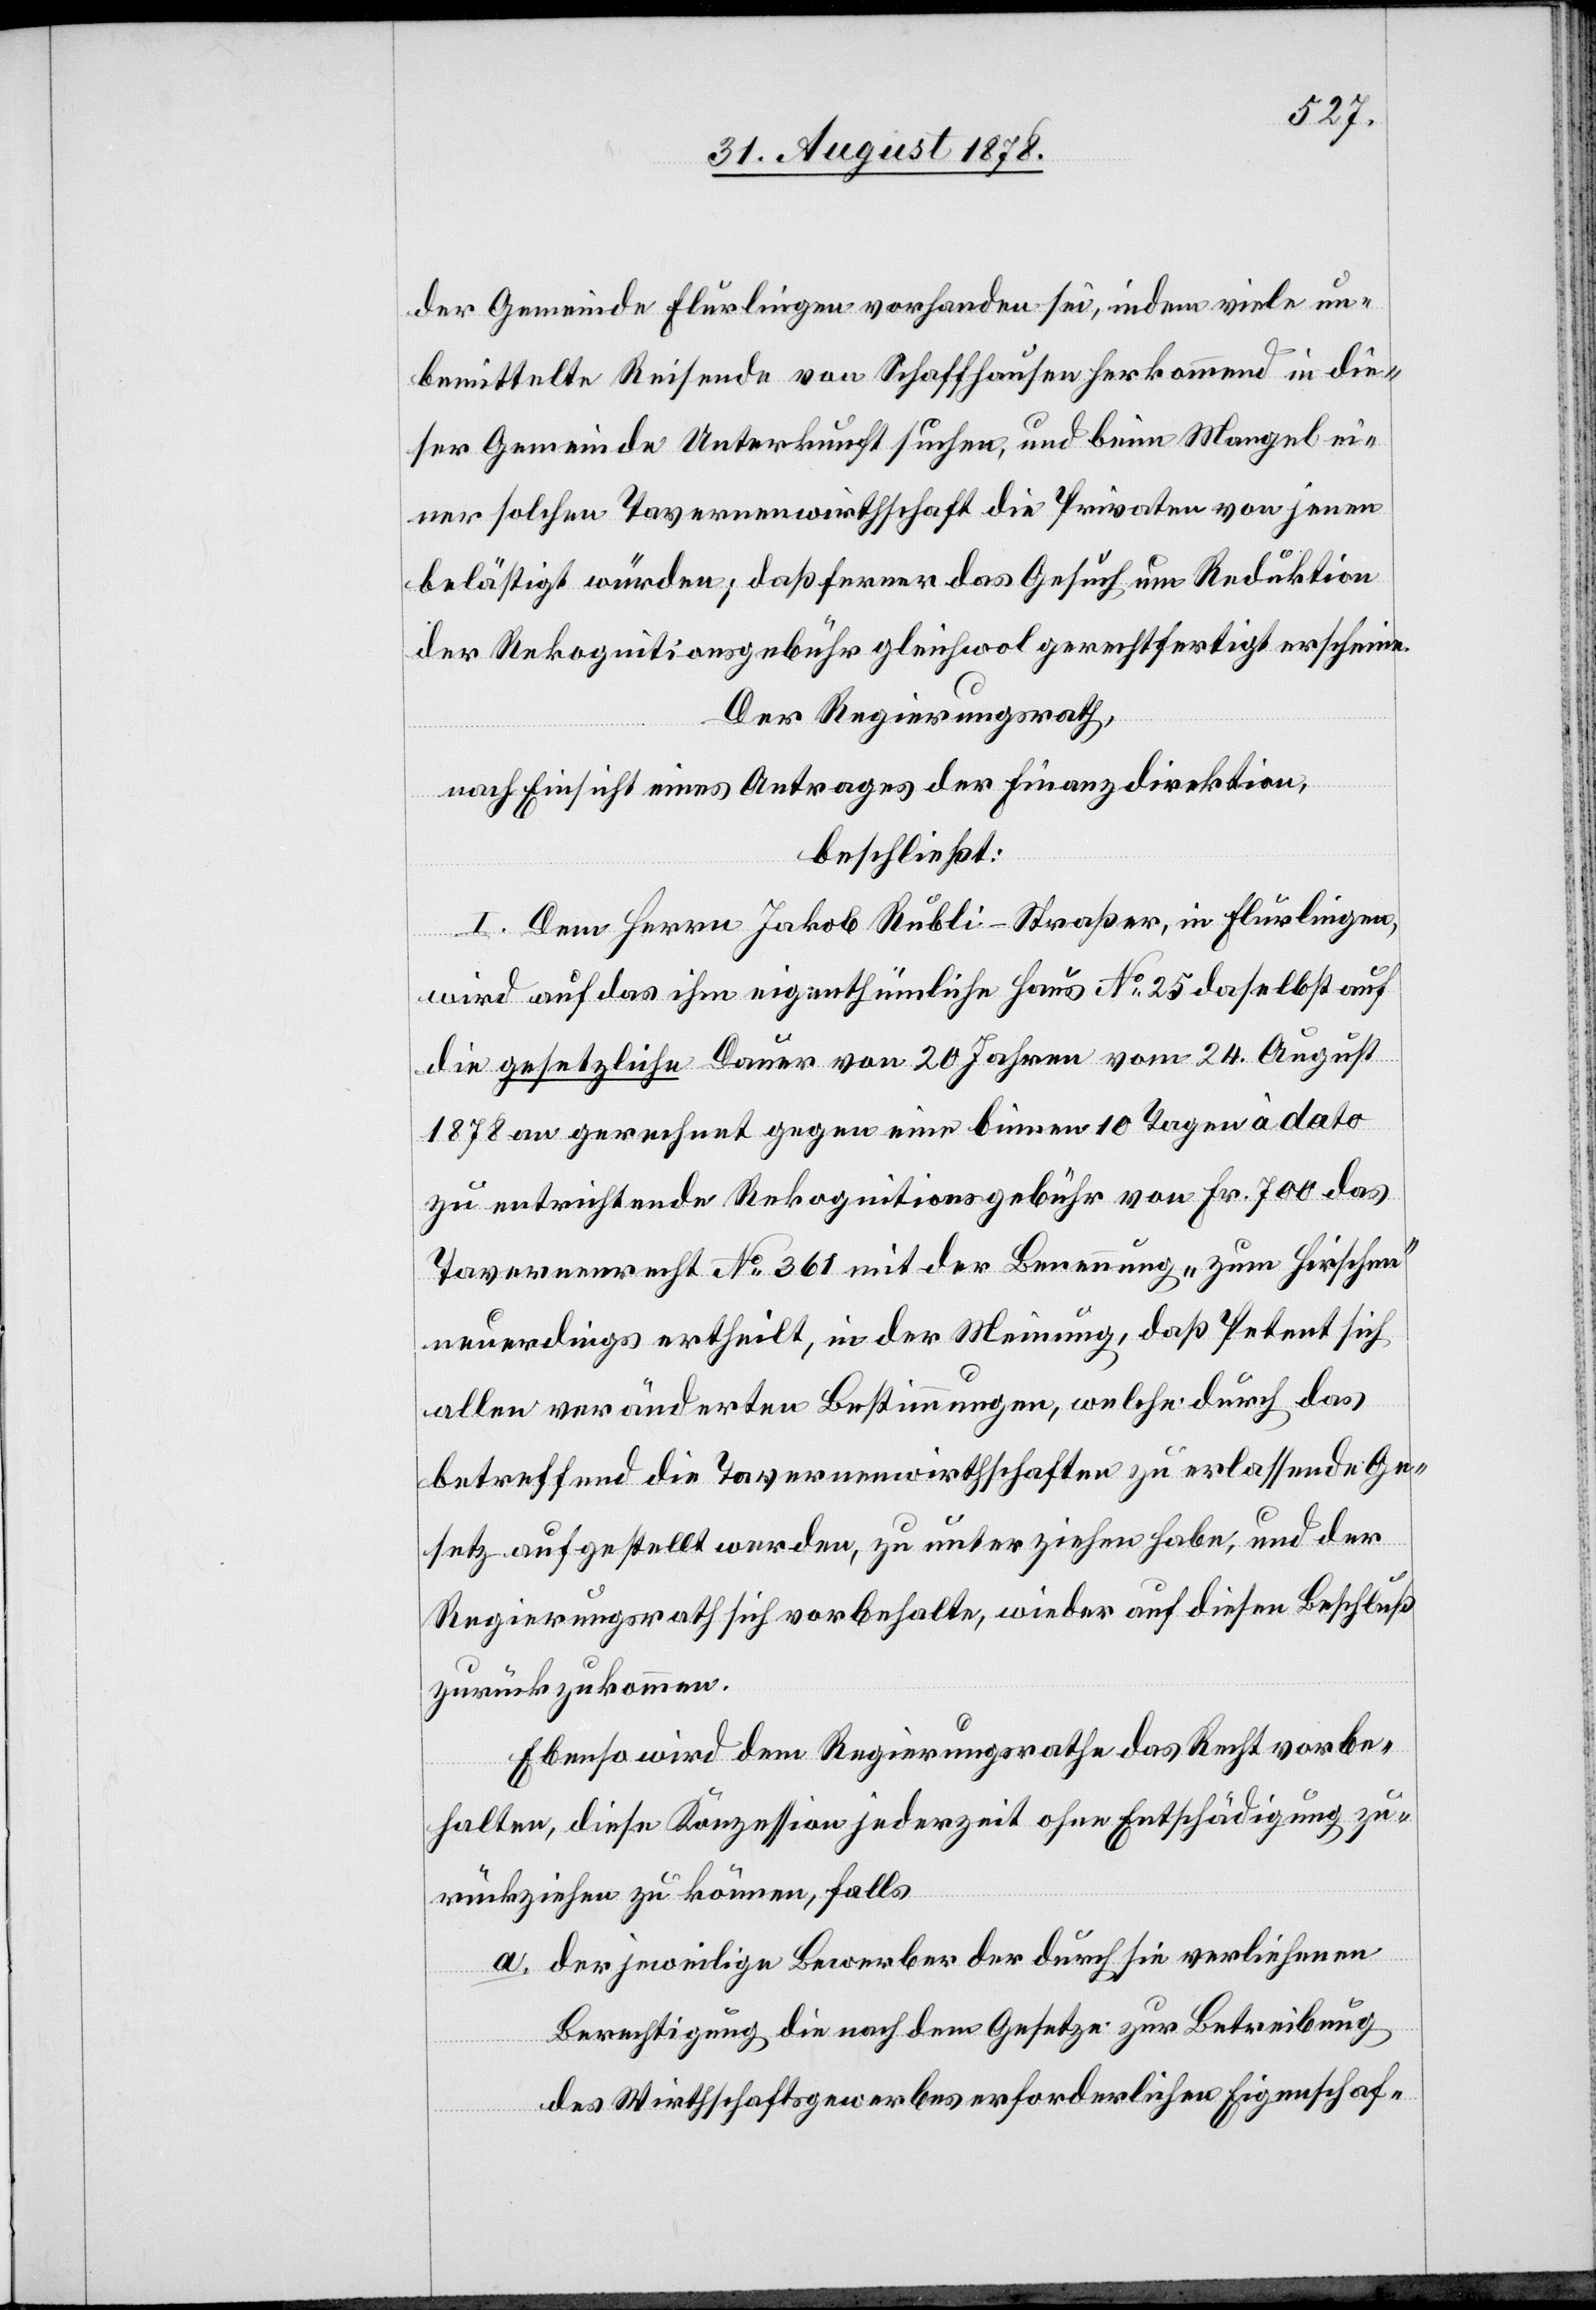
der Gemeinde Flurlingen vorhanden sei, indem viele un¬
bemittelte Reisende von Schaffhausen herkommend in die¬
ser Gemeinde Unterkunft suchen, und beim Mangel ei¬
ner solchen Tavernenwirthschaft die Privaten von jenen
belästigt würden; daß ferner das Gesuch um Reduktion
der Rekognitionsgebühr gleichwol gerechtfertigt erscheine.
Der Regierungsrath,
nach Einsicht eines Antrages der Finanzdirektion,
beschließt:
I. Dem Herrn Jakob Rubli-Straßer, in Flurlingen,
wird auf das ihm eigenthümliche Haus No 25 daselbst auf
die gesetzliche Dauer von 20 Jahren vom 24. August
1878 an gerechnet gegen eine binnen 10 Tagen à dato
zu entrichtende Rekognitionsgebühr von Fr. 700 das
Tavernenrecht No 361 mit der Benennung „zum Hirschen“
neuerdings ertheilt, in der Meinung, daß Petent sich
allen veränderten Bestimmungen, welche durch das
betreffend die Tavernenwirthschaften zu erlassende Ge¬
setz aufgestellt werden, zu unterziehen habe, und der
Regierungsrath sich vorbehalte, wieder auf diesen Beschluß
zurückzukommen.
Ebenso wird dem Regierungsrathe das Recht vorbe¬
halten, diese Konzession jederzeit ohne Entschädigung zu¬
rückziehen zu können, falls
der jeweilige Bewerber der durch sie verliehenen
Berechtigung die nach dem Gesetze zur Betreibung
des Wirthschaftsgewerbes erforderlichen Eigenschaf-